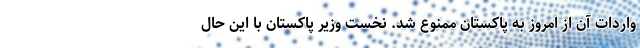
واردات آن از امروز به پاکستان ممنوع شد. نخست وزیر پاکستان با این حال